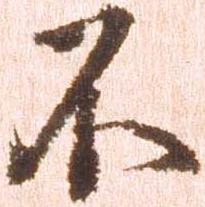
不